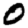
Digit: 0